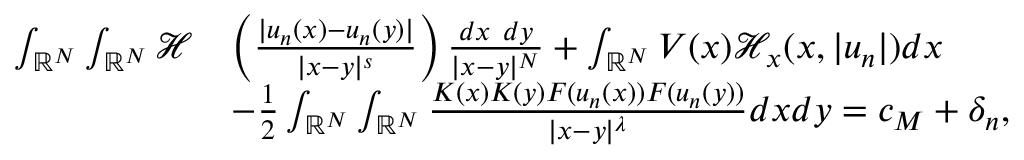
\begin{array} { r l } { \int _ { { \mathbb R } ^ { N } } \int _ { { \mathbb R } ^ { N } } \mathcal { H } } & { \left( \frac { | u _ { n } ( x ) - u _ { n } ( y ) | } { | x - y | ^ { s } } \right) \frac { d x \ d y } { | x - y | ^ { N } } + \int _ { { \mathbb R } ^ { N } } V ( x ) \mathcal { H } _ { x } ( x , | u _ { n } | ) d x } \\ & { - \frac { 1 } { 2 } \int _ { { \mathbb R } ^ { N } } \int _ { { \mathbb R } ^ { N } } \frac { K ( x ) K ( y ) F ( u _ { n } ( x ) ) F ( u _ { n } ( y ) ) } { | x - y | ^ { \lambda } } d x d y = c _ { M } + \delta _ { n } , } \end{array}